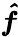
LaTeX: \boldsymbol{\hat{f}}